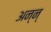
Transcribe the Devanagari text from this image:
अन्न्